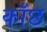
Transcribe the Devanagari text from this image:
काँछ